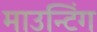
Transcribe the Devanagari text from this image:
माउन्टिंग